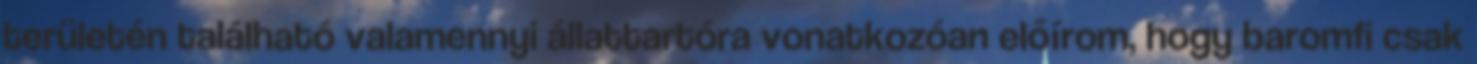
területén található valamennyi állattartóra vonatkozóan előírom, hogy baromfi csak